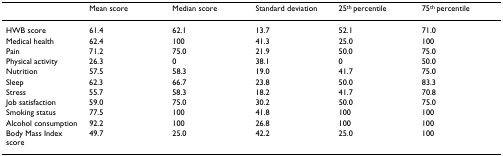
|  | Mean score | Median score | Standard deviation | 25th percentile | 75th percentile |
 | --- | --- | --- | --- | --- | --- |
 | HWB score | 61.4 | 62.1 | 13.7 | 52.1 | 71.0 |
 | Medical health | 62.4 | 100 | 41.3 | 25.0 | 100 |
 | Pain | 71.2 | 75.0 | 21.9 | 50.0 | 75.0 |
 | Physical activity | 26.3 | 0 | 38.1 | 0 | 50.0 |
 | Nutrition | 57.5 | 58.3 | 19.0 | 41.7 | 75.0 |
 | Sleep | 62.3 | 66.7 | 23.8 | 50.0 | 83.3 |
 | Stress | 55.7 | 58.3 | 18.2 | 41.7 | 70.8 |
 | Job satisfaction | 59.0 | 75.0 | 30.2 | 50.0 | 75.0 |
 | Smoking status | 77.5 | 100 | 41.8 | 100 | 100 |
 | Alcohol consumption | 92.2 | 100 | 26.8 | 100 | 100 |
 | Body Mass Index score | 49.7 | 25.0 | 42.2 | 25.0 | 100 |